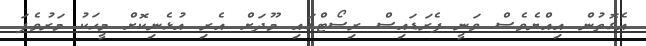
އެގޮތުން އިއްޔެވެސް ވަނީ ޕެރަޑައިސް ރިސޯޓްގައި މޫދަށް އެރި އުޅެނިކޮށް މީހަކު މަރުވެފަ